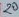
Text: 20